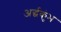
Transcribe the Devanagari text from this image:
अर्द्धकुंभ